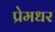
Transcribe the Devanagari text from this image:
प्रेमधर